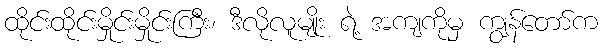
ထိုင်းထိုင်းမှိုင်းမှိုင်းကြီး၊ ဒီလိုလူမျိုး ရဲ့ အကျကိုမှ ကျွန်တော်က